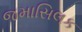
જમાસિલક